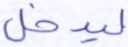
ليدخل